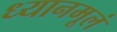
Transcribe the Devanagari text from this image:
ध्यानमूलं